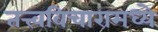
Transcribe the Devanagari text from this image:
तत्त्वविचारामध्ये